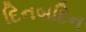
દિનબદિન